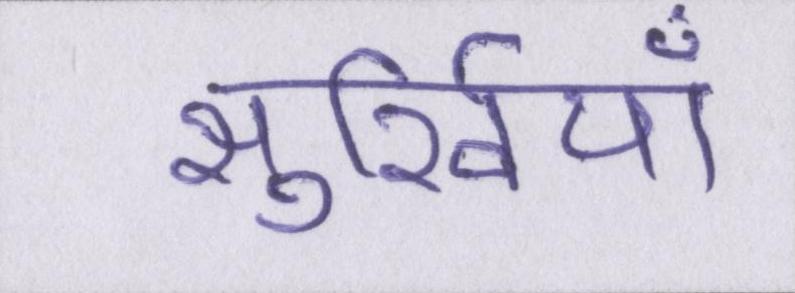
सुर्खियाँ